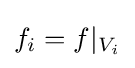
f_{i}=f|_{V_{i}}